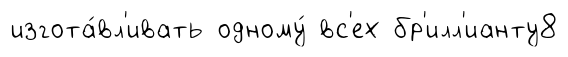
изгота́вл'ивать одному́ вс'ех бр'илл'ианту8